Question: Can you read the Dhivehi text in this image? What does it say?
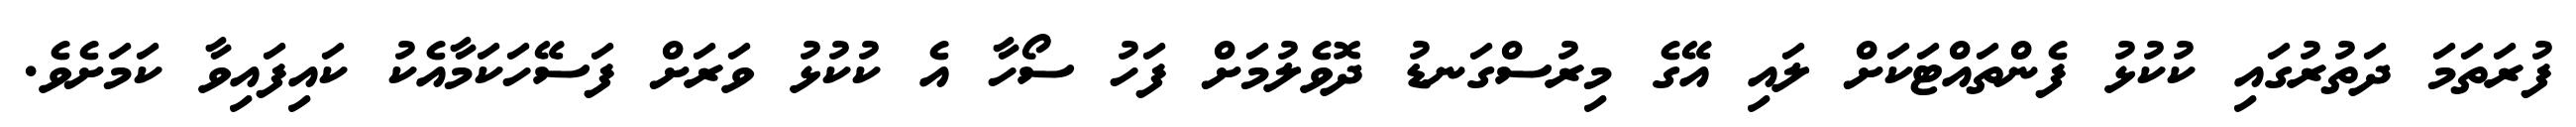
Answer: ފުރަތަމަ ދަތުރުގައި ކުކުޅު ފެންތައްޓަކަށް ލައި އޭގެ މިރުސްގަނޑު ދޮވެލުމަށް ފަހު ސޯހާ އެ ކުކުޅު ވަރަށް ފަސޭހަކަމާއެކު ކައިފައިވާ ކަމަށެވެ.